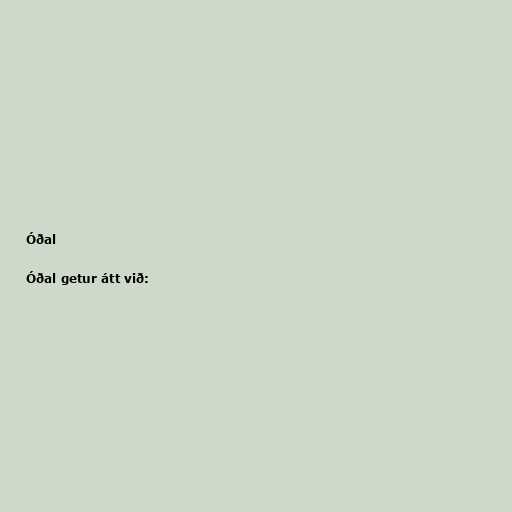
Óðal

Óðal getur átt við: